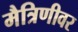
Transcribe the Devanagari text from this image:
मैत्रिणीवर